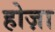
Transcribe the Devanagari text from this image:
होज़ा